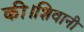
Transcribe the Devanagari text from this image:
की।शिवानी